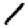
Digit: 1